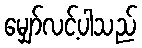
မျှော်လင့်ပါသည်